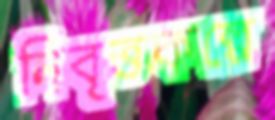
নিবৃত্তকল্পে